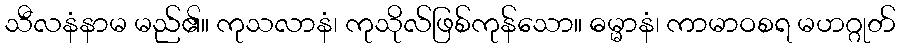
သီလနံနာမ မည်၏။ ကုသလာနံ၊ ကုသိုလ်ဖြစ်ကုန်သော။ ဓမ္မာနံ၊ ကာမာဝစရ မဟဂ္ဂုတ်